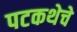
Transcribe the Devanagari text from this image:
पटकथेचे